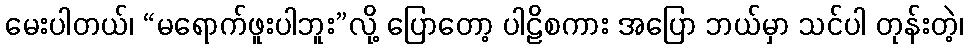
မေးပါတယ်၊ “မရောက်ဖူးပါဘူး”လို့ ပြောတော့ ပါဠိစကား အပြော ဘယ်မှာ သင်ပါ တုန်းတဲ့၊